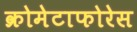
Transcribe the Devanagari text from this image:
क्रोमेटाफोरेस